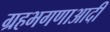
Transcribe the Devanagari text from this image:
ग्रहभगणाआदी